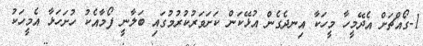
1-ގޯއްޗަށް އެދޭމީހާ މީހަކާ އިނދެގެން އުޅޭކަން ކަށަވަރުކުރުމުގައި ބަލާނީ ފޯމާއެކު ހުށަހަޅާ އެމީހަކު